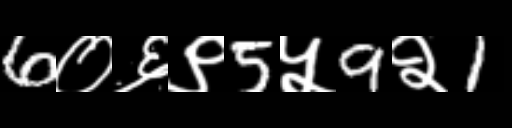
Text: 6०६९5५9२1